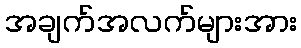
အချက်အလက်များအား